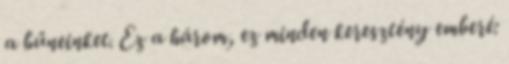
a bűneinket. Ez a három, ez minden keresztény emberé: